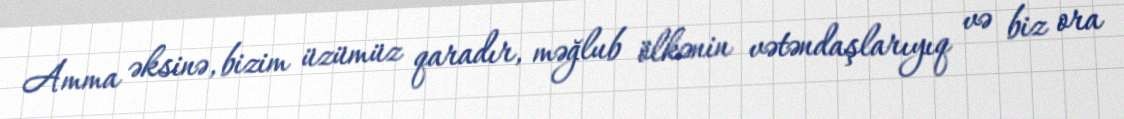
Amma əksinə, bizim üzümüz qaradır, məğlub ölkənin vətəndaşlarıyıq və biz ora